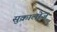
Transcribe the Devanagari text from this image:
सुक्रालोज